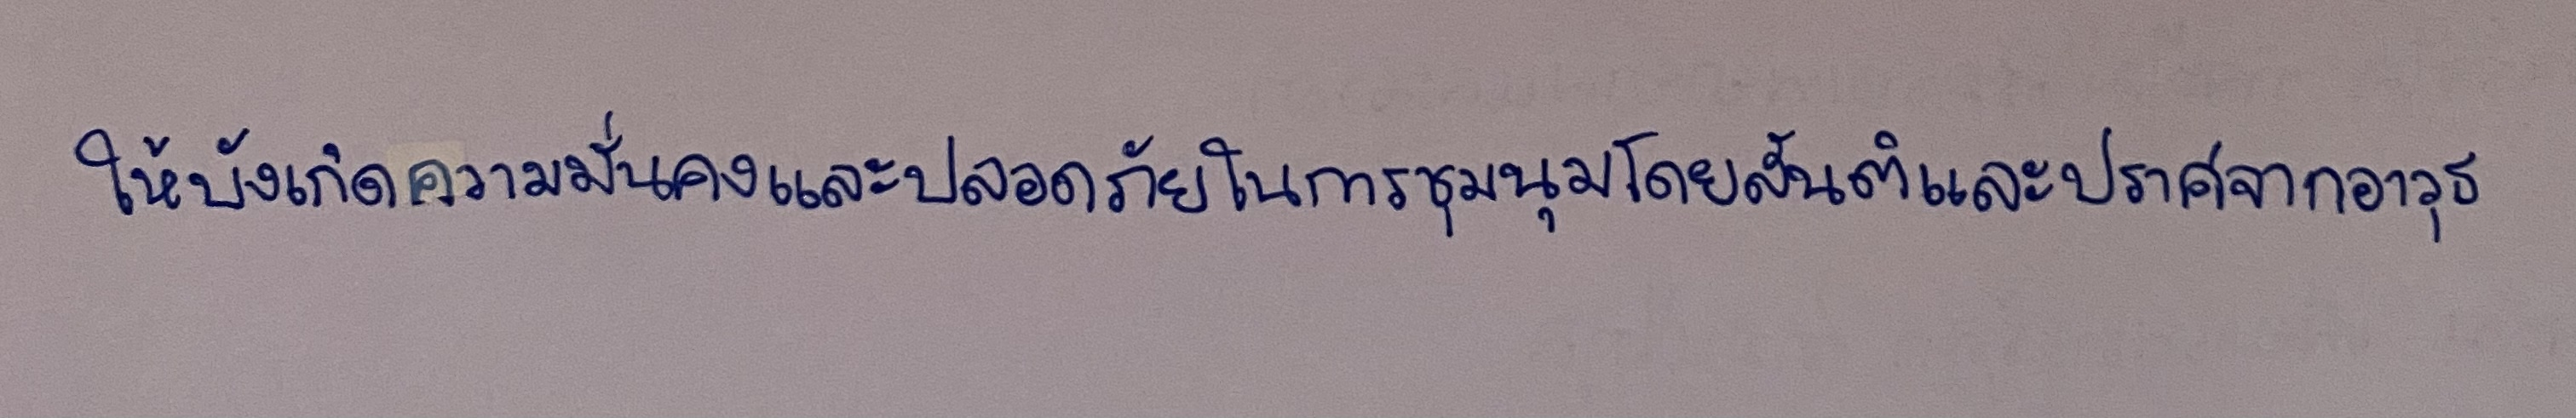
ให้บังเกิดความมั่นคงและปลอดภัยในการชุมนุมโดยสันติและปราศจากอาวุธ